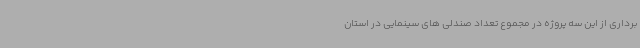
برداری از این سه پروژه در مجموع تعداد صندلی های سینمایی در استان